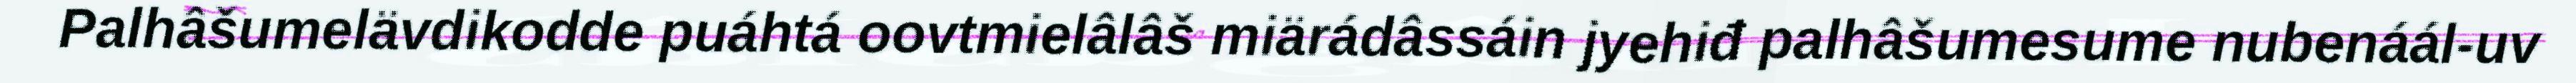
Palhâšumelävdikodde puáhtá oovtmielâlâš miärádâssáin jyehiđ palhâšumesume nubenáál-uv